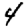
Digit: 4